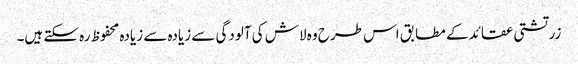
زرتشتی عقائد کے مطابق اس طرح وہ لاش کی آلودگی سے زیادہ سے زیادہ محفوظ رہ سکتے ہیں۔